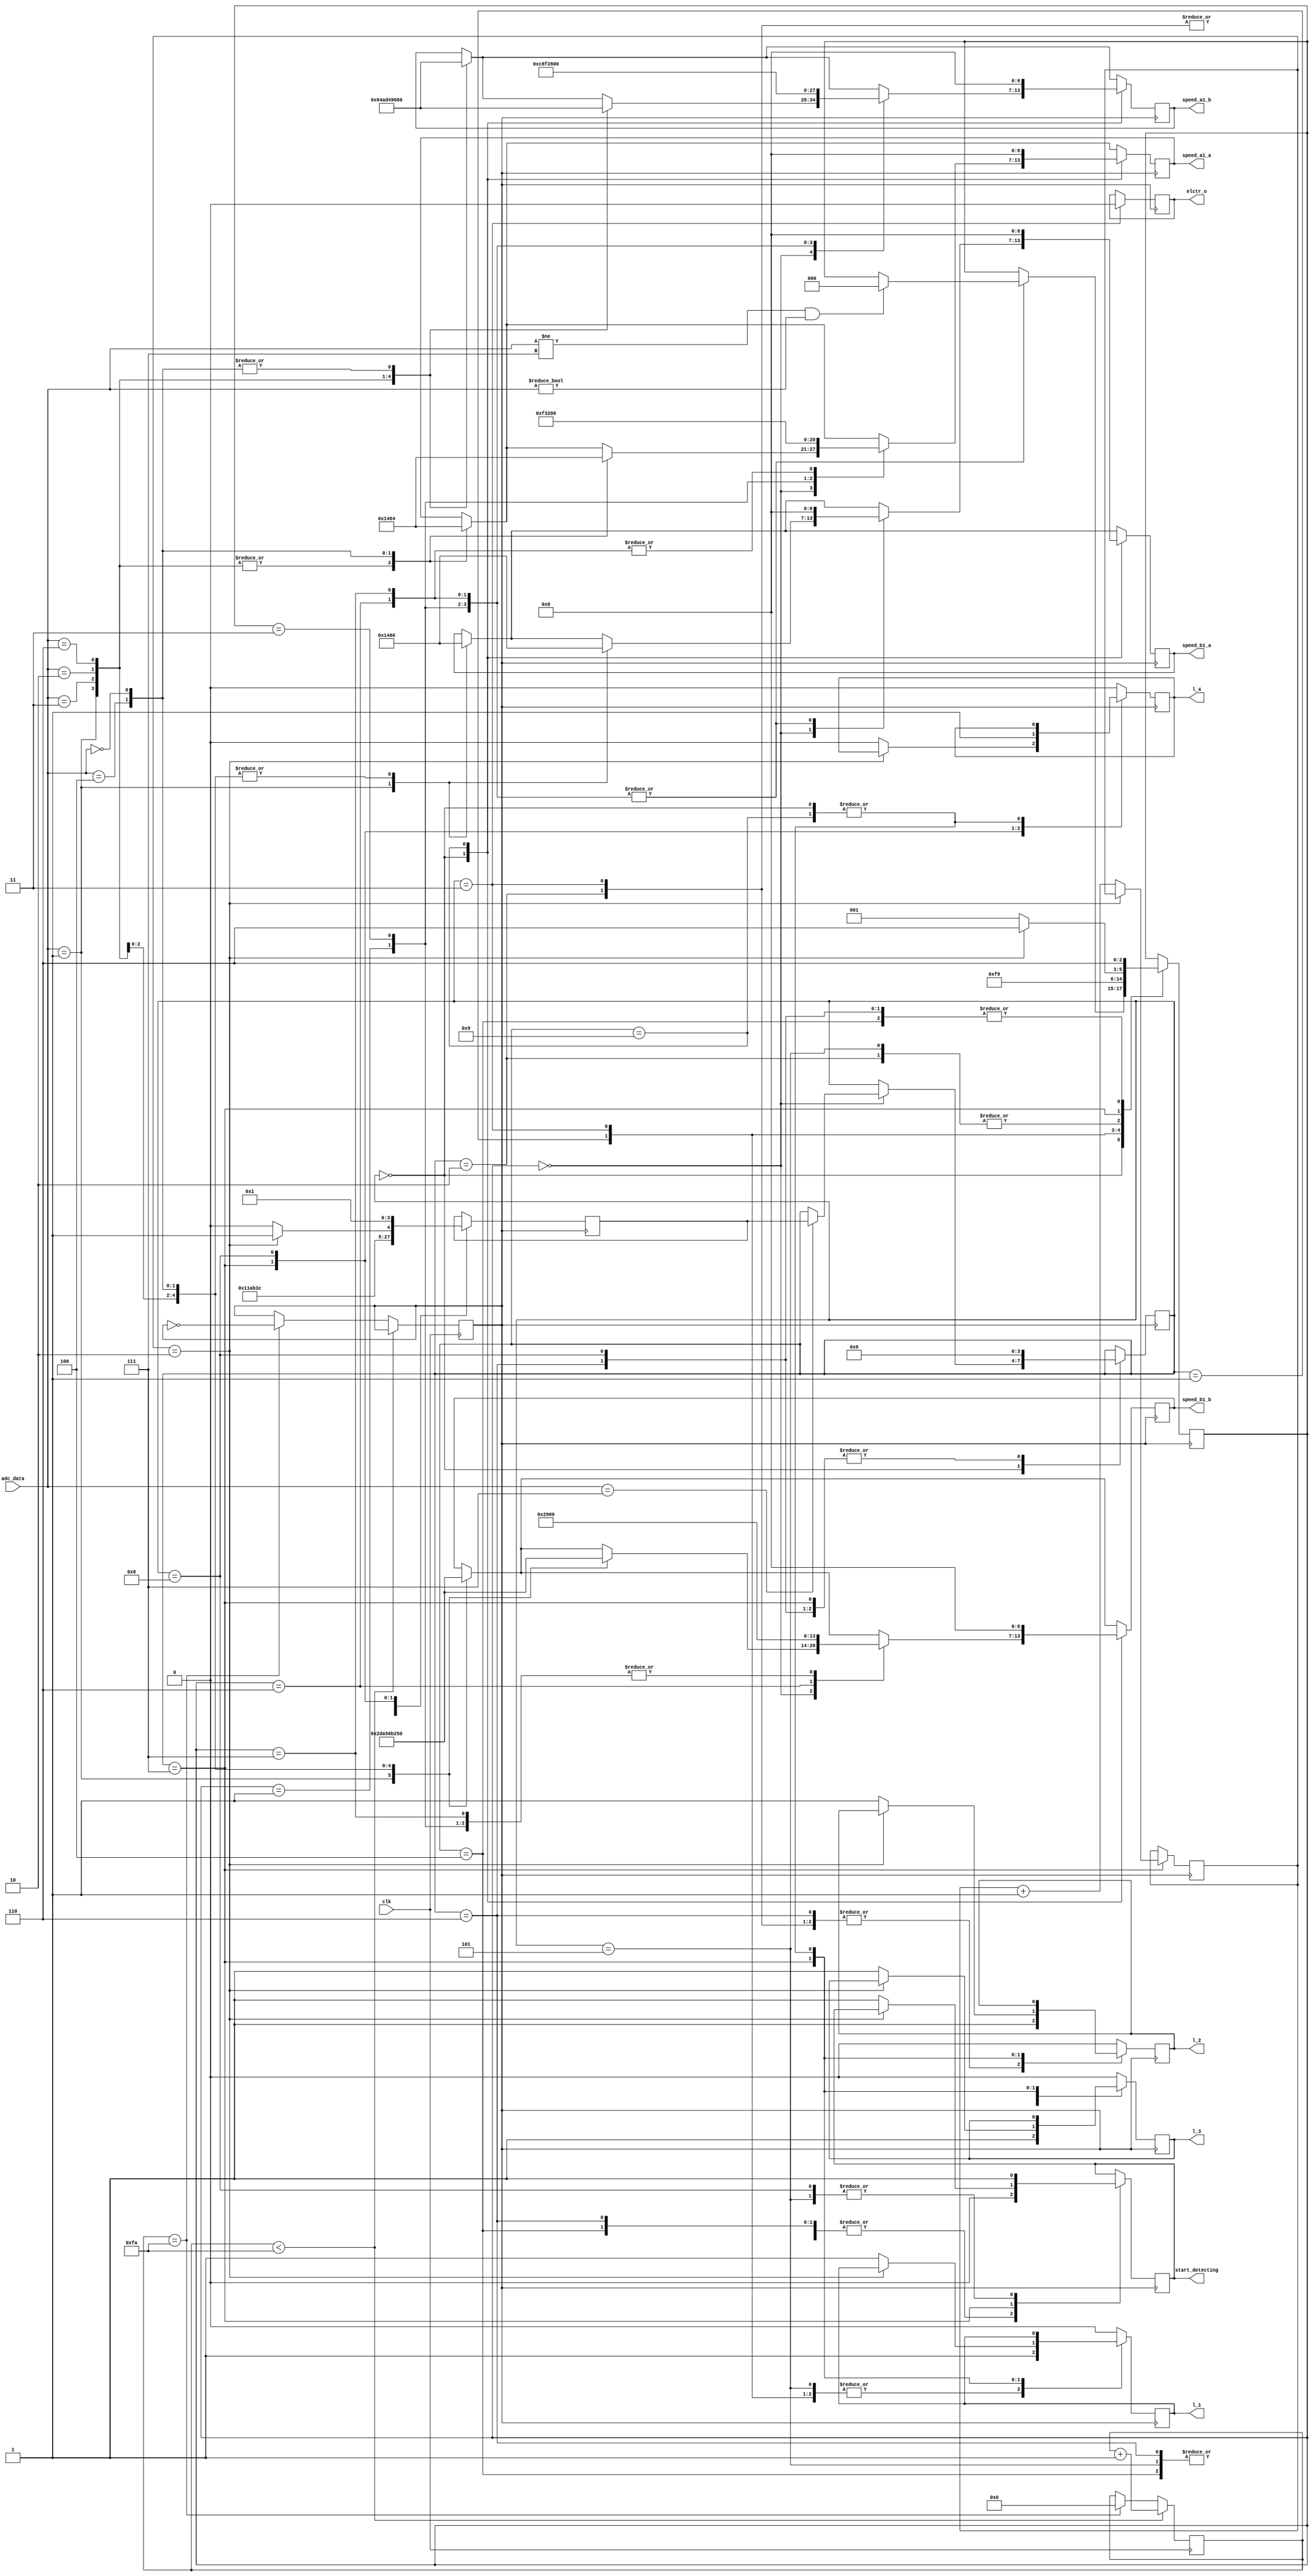
module control_bot(
	input clk,
	input [2:0] adc_data,
	output [6:0] speed_a1_a , // speed of right motor 
	output [6:0] speed_b1_a , // speed of right motor
	output [6:0] speed_a1_b , // speed of left motor
	output [6:0] speed_b1_b,  // speed of left motor
	output elctr_o,//-------------------------------------------Electromagnet
	
	
	
	
	//*****************************************
	output l_1,
	output l_2,
	output l_3,
	output l_4,
	
	output start_detecting
	
	//*****************************************
);

//********************************************
	reg r_elctro =0;//----------------------------------------eletromaget
	reg r_l_1 = 0; 
	reg r_l_2 = 0;
	reg r_l_3 = 0;
	reg r_l_4 = 0;
	
	assign elctr_o=r_elctro;//---------------------------------elctromagnet
	assign l_1 = r_l_1;
	assign l_2 = r_l_2;
	assign l_3 = r_l_3;
	assign l_4 = r_l_4;	
//********************************************




// varialbles for speed
	reg [6:0] r_speed_a1_a ; // speed of right motor 
	reg [6:0] r_speed_a1_b ; // speed of right motor
	reg [6:0] r_speed_b1_a ; // speed of left motor
	reg [6:0] r_speed_b1_b ; // speed of left mot
	
	// for nodes 4 bits regs
	reg c_d = 1;
	reg [5:0] counter = 1;
	reg [3:0] current_node = wait_for_node;  // to indicate current node 
	reg [3:0] next_node =node_1 ;  // to indicate next node
	//for actions and processes			
	reg [2:0] action_to_take = follow_line ;  // 3 bit  to hold the actions(turns) to take		
		
	// defining states to use in the state macine logic
	parameter wait_for_node = 4'b0000;
	parameter node_1 = 4'b0001;
	parameter node_2 = 4'b0010;
	parameter node_3 = 4'b0011;
	parameter node_4 = 4'b0100;
	parameter node_5 = 4'b0101; 
	parameter node_6 = 4'b0110;
	parameter node_7 = 4'b0111;
	parameter node_8 = 4'b1000;
	parameter node_0 = 4'b1001;
	
	//--------------node_condition------------------
	
	parameter	follow_line = 3'b000;
	parameter	turn_R = 3'b001;
	parameter	turn_L = 3'b011;
	parameter	go_st = 3'b110;
	parameter	stop_s = 3'b111;
	
	// defining tasks for line following and turning ---------------------------------------------------------------------------------------
 	task line_follow ();  // this is used to follow line
	begin
		// adac_data is 3 bit bus and the bits represent the sensors itself. '1' means line detected '0' otherwise
		case (adc_data)
							// MSB is left_sensor and LSB is right_sensor
			3'b001 :
			begin
				r_speed_a1_a = 0;
				r_speed_b1_a = 40; 
				r_speed_a1_b = 100;//79
				r_speed_b1_b = 0;//34
			end
			
			//------------------right_turn-------------------
			3'b011 :
			begin
				r_speed_a1_a = 0; 
				r_speed_b1_a = 0; 
				r_speed_a1_b = 86;//79
				r_speed_b1_b = 45;//39
			end
			//-----------------straight--------------------
			3'b010 :
			begin	
				r_speed_a1_a = 0; 
				r_speed_b1_a = 0; 
				r_speed_a1_b = 82;//62.5
				r_speed_b1_b = 82;//58.5
			end

			//-----------------left_turn----------------
			3'b110 :
			begin
				r_speed_a1_a = 0; 
				r_speed_b1_a = 0; 
				r_speed_a1_b = 45;
				r_speed_b1_b = 90;
			end
			//-------------------left_arc-----------
			3'b100 :
			begin
				r_speed_a1_a = 40; 
				r_speed_b1_a = 0; 
				r_speed_a1_b = 0;
				r_speed_b1_b = 100;
		   end
			
			3'b000 :
			begin
				r_speed_a1_a = 100; 
				r_speed_b1_a = 0; 
				r_speed_a1_b = 0;
				r_speed_b1_b = 80;
			end
		endcase
	end
	endtask
	
	task turn_right ();  // to turn right
		begin
		r_speed_a1_a = 60;
		r_speed_b1_a = 0;
		r_speed_a1_b = 100;
		r_speed_b1_b = 0; 
		end
	endtask
	
	task turn_left (); // to turn left
		begin
		r_speed_a1_a = 100;
		r_speed_b1_a = 0;
		r_speed_a1_b = 60;
		r_speed_b1_b = 0; 
		end
	endtask
	
	
	task go_straight (); // to go straight speed should be as low as possible
		begin
		r_speed_a1_a = 0;
		r_speed_b1_a = 0;
		r_speed_a1_b = 80;
		r_speed_b1_b = 82;
		end
	endtask
	
	task stop (); // to go straight speed should be as low as possible
		begin
		r_speed_a1_a = 0;
		r_speed_b1_a = 0;
		r_speed_a1_b = 0;
		r_speed_b1_b = 0;
		end
	endtask
	
	
	//-----------------clock_scaling---------------------------------
	
	reg clk_o =0;
	reg [20:0] count;
	reg [31:0] n;
	
	initial
	begin
		count =1 ;
		n =500;
		clk_o =0;
	end
	
	
	always @ (posedge clk)
	begin
		if (count < (n/2))
		begin
			count = count +1;
		end
		
		else if (count == (n/2))
		begin
			count = 0;
			clk_o = ~clk_o;
		end
	end
 /////////////////////////////////////////////////////////////////// 
 
	//********************Main Function*************
	always @ (posedge clk_o)
	begin
	
	line_follow();
		case(current_node)
		
		wait_for_node:
		begin
			case(action_to_take)
					
				follow_line:
					begin
						line_follow();
						if( adc_data == 3'b111)	
						begin
							current_node =  next_node;
						end
					end
					
					turn_R:
					begin
						turn_right();
						if (adc_data != 3'b111 &  adc_data != 3'b000/* & (adc_data == 3'b001 || adc_data == 3'b011)*/) action_to_take = follow_line;
					end
					
					turn_L:
					begin
						turn_left();
						if (adc_data != 3'b111 &  adc_data != 3'b000/*& (adc_data == 3'b100 ||adc_data == 3'b110)*/) action_to_take = follow_line;
					end

					go_st:
					begin
						go_straight();
						if (adc_data != 3'b111 &  adc_data != 3'b000/* &  (adc_data == 3'b010)*/) action_to_take = follow_line;
					end
					
					stop_s:
					begin
						stop();
						//current_node =  next_node;
						if (adc_data != 3'b111 &  adc_data != 3'b000/* &  (adc_data == 3'b010)*/) action_to_take = follow_line;
					end
				endcase
			end
		   
		node_1:
		begin
			next_node = node_2;
			action_to_take = turn_L;
			current_node = wait_for_node;
			//**********************************
			r_l_1 = 1; 
			r_l_2 = 0;
			r_l_3 = 0;
			r_l_4 = 0;
			//**********************************
			c_d = 0;
		end
		
		node_2:
		begin
			next_node = node_3;
			action_to_take = turn_R;
			current_node = wait_for_node;
			//**********************************
			r_l_1 = 0; 
			r_l_2 = 1;
			r_l_3 = 0;
			r_l_4 = 0;
			//**********************************
			c_d = 0;
		end
		
		node_3:
		begin
			next_node = node_3;
			action_to_take = stop_s;
			r_elctro = 0;
			current_node = wait_for_node;
			//**********************************
			r_l_1 = 1; 
			r_l_2 = 1;
			r_l_3 = 0;
			r_l_4 = 0;
			//**********************************
			c_d = 0;
		end
			
		node_4:
		begin
			next_node = node_5;
			action_to_take = go_st;
			current_node = wait_for_node;
			//**********************************
			r_l_1 = 0; 
			r_l_2 = 0;
			r_l_3 = 1;
			r_l_4 = 0;
			//**********************************
			c_d = 0;
		end
			
		node_5:
		begin
			next_node = node_6;
			action_to_take = turn_R;
			current_node = wait_for_node;
			//**********************************
			r_l_1 = 1; 
			r_l_2 = 0;
			r_l_3 = 1;
			r_l_4 = 0;
			//**********************************
		   c_d = 1;
		end
			
		node_6:
		begin
			next_node = node_7;
			action_to_take = go_st;
			current_node = wait_for_node;
			//**********************************
			r_l_1 = 0; 
			r_l_2 = 1;
			r_l_3 = 1;
			r_l_4 = 0;
			//**********************************
			c_d = 0;
		end
		
		node_7:
		begin
		
			if (counter == 2)
			begin
			
				next_node = node_0;
				action_to_take = go_st;
				current_node = wait_for_node;
			
			end
			else
			begin
				counter = counter + 1;
				next_node = node_8;
				action_to_take = turn_R;
				current_node = wait_for_node;
			//**********************************
				r_l_1 = 1; 
				r_l_2 = 1;
				r_l_3 = 1;
				r_l_4 = 0;
			//**********************************
				c_d = 1;
			end
		end
				
		node_8:
		begin
				next_node = node_1;
				action_to_take = go_st;
				current_node = wait_for_node;
			//**********************************
				r_l_1 = 0; 
				r_l_2 = 0;
				r_l_3 = 0;
				r_l_4 = 1;
			//**********************************
				c_d = 1;
    	end
		
			
	   node_0:
		begin
			r_speed_a1_a = 0;
			r_speed_b1_a = 0;
			r_speed_a1_b = 0;
			r_speed_b1_b = 0;
		end
		
		default:
		begin
			r_l_1 = 0; 
			r_l_2 = 0;
			r_l_3 = 0;
			r_l_4 = 0;
		end
		endcase
	end

	//assigning output
	
	assign start_detecting = c_d;
	assign speed_a1_a =  r_speed_a1_a ; 
	assign speed_a1_b =  r_speed_a1_b ;
	assign speed_b1_a =  r_speed_b1_a ; 
	assign speed_b1_b =  r_speed_b1_b ;
	
endmodule